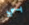
بي